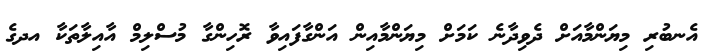
އެނބުރި މިޔަންމާއަށް ދެވިދާނެ ކަމަށް މިޔަންމާއިން އަންގާފައިވާ ރޮހިންގާ މުސްލިމް އާއިލާތަކާ އދގެ